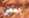
بعض